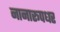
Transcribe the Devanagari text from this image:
नानारूपधर